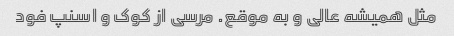
مثل همیشه عالی و به موقع. مرسی از کوک و اسنپ فود